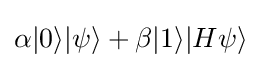
\alpha |0\rangle |\psi \rangle +\beta |1\rangle |H\psi \rangle